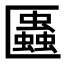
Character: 𠥨